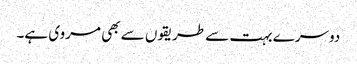
دوسرے بہت سے طریقوں سے بھی مروی ہے۔